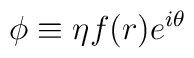
\phi \equiv \eta f(r)e^{i\theta}